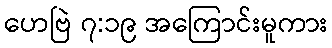
ဟေဗြဲ ၇:၁၉ အကြောင်းမူကား